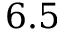
6 . 5